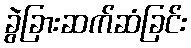
ခွဲခြားဆက်ဆံခြင်း